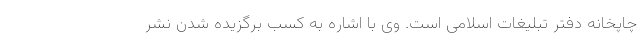
چاپخانه دفتر تبلیغات اسلامی است. وی با اشاره به کسب برگزیده شدن نشر